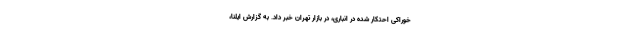
خوراکی احتکار شده در انباری، در بازار تهران خبر داد. به گزارش ایلنا،